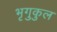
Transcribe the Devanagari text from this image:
भृगुकुल